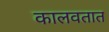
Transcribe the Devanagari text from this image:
कालवतात